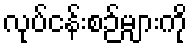
လုပ်ငန်းစဉ်များကို